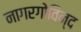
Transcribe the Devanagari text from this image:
नागरगोविन्द